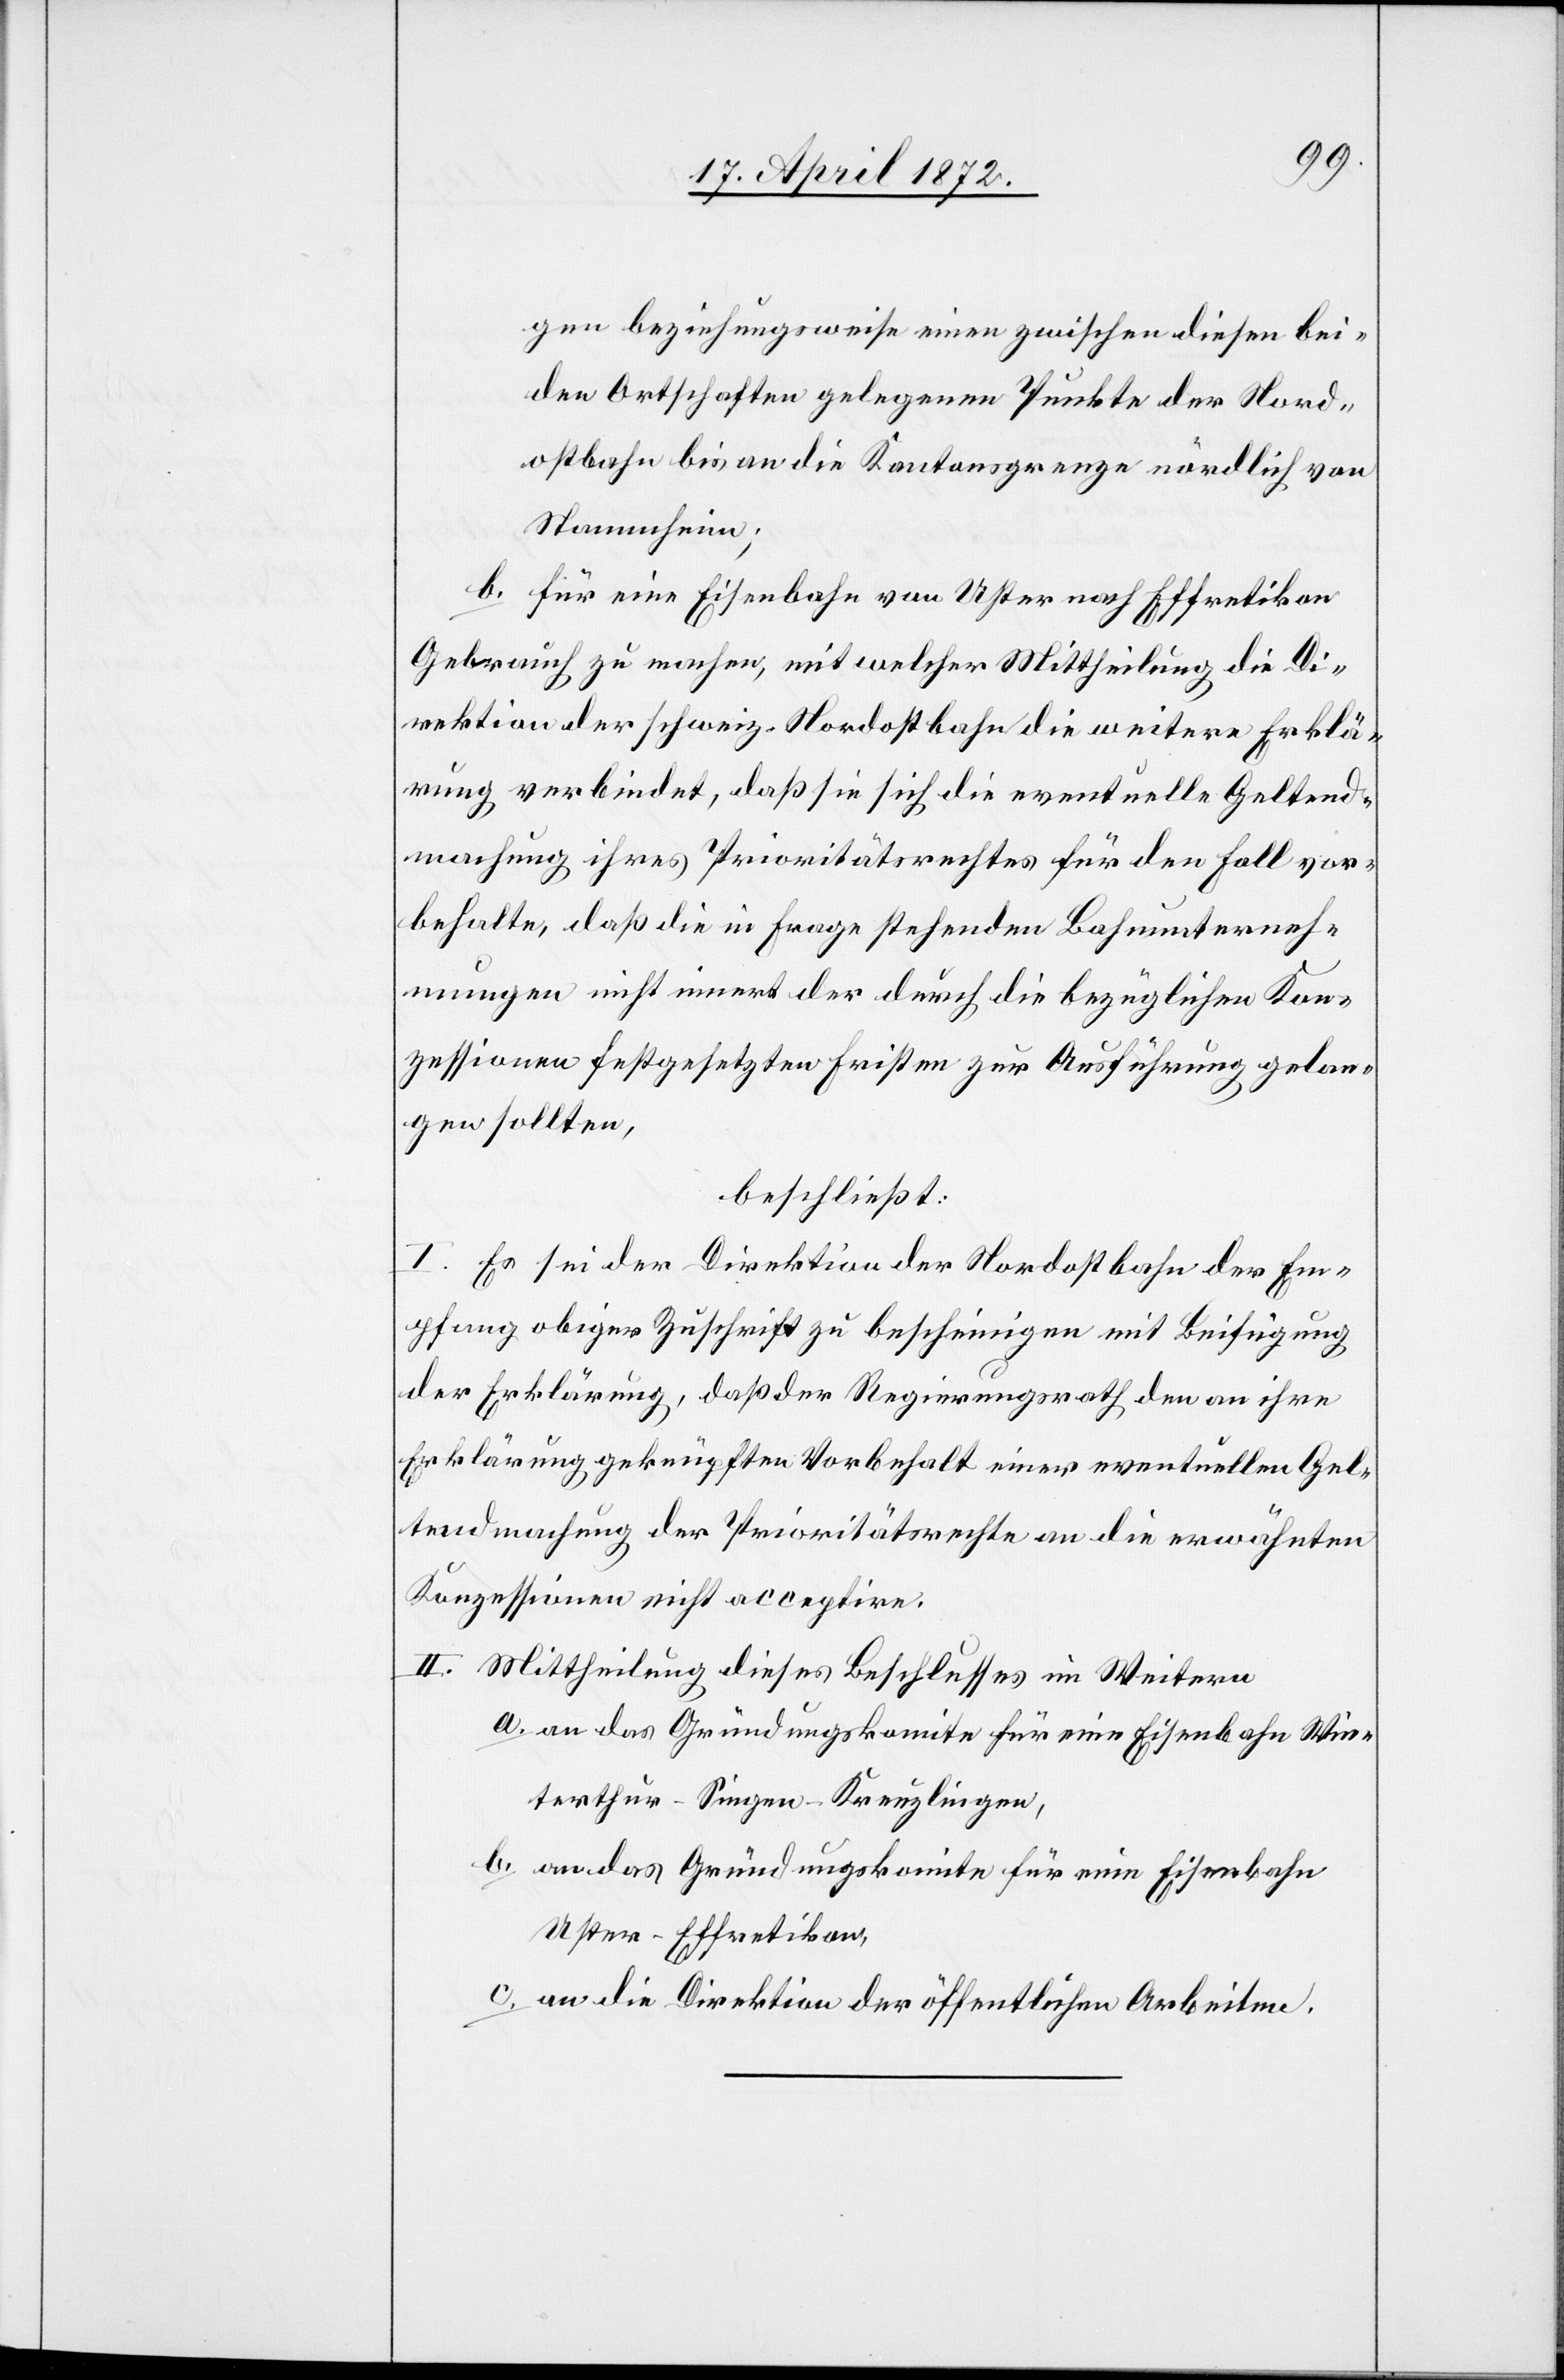
gen beziehungsweise einem zwischen diesen bei¬
den Ortschaften gelegenen Punkte der Nord¬
ostbahn bis an die Kantonsgrenze nördlich von
Stammheim;
b. für eine Eisenbahn von Uster nach Effretikon
Gebrauch zu machen, mit welcher Mittheilung die Di¬
rektion der schweiz. Nordostbahn die weitere Erklä¬
rung verbindet, daß sie sich die eventuelle Geltend¬
machung ihres Prioritätsrechtes für den Fall vor¬
behalte, daß die in Frage stehenden Bahnunterneh¬
mungen nicht innert der durch die bezüglichen Kon¬
zessionen festgesetzten Fristen zur Ausführung gelan¬
gen sollten,
beschließt:
I. Es sei der Direktion der Nordostbahn der Em¬
pfang obiger Zuschrift zu bescheinigen mit Beifügung
der Erklärung, daß der Regierungsrath den an ihre
Erklärung geknüpfte Vorbehalt einer eventuellen Gel¬
tendmachung der Prioritätsrechte an die erwähnten
Konzessionen nicht acceptire.
II. Mittheilung dieses Beschlusses im Weitern
a. an das Gründungskomite für eine Eisenbahn Win¬
terthur–Singen–Kreuzlingen,
b. an das Gründungskomite für eine Eisenbahn
Uster–Effretikon,
c. an die Direktion der öffentlichen Arbeiten.